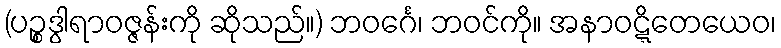
(ပဉ္စဒွါရာဝဇ္ဇန်းကို ဆိုသည်။) ဘဝင်္ဂေ၊ ဘဝင်ကို။ အနာဝဋ္ဋိတေယေဝ၊